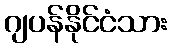
ဂျပန်နိုင်ငံသား